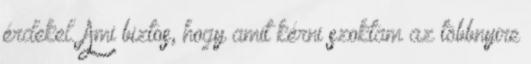
érdekel. Ami biztos, hogy amit kérni szoktam az többnyire